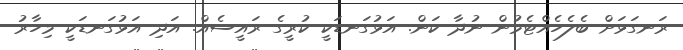
ރަނގަޅަށް ބެލެހެއްޓެމުން ނުދާ ކަން. އަޅުގަނޑަކީ ކުރީގެ ރައީސެއް. އަދި އަޅުގަނޑަކީ މިހާރު